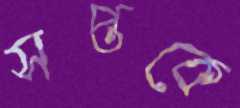
সপ্তকে